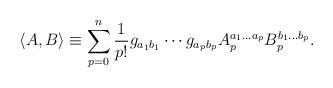
LaTeX: \begin{align*}\langle A,B\rangle\equiv \sum_{p=0}^{n} \frac{1}{p!} g_{a_1b_1}\cdots g_{a_pb_p} A_p^{a_1...a_p} B_p^{b_1...b_p} .\end{align*}